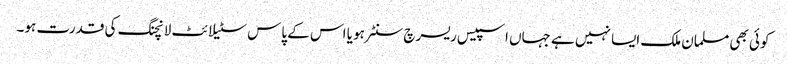
کوئی بھی مسلمان ملک ایسا نہیں ہے جہاں اسپیس ریسرچ سنٹر ہو یا اس کے پاس سٹیلائٹ لانچنگ کی قدرت ہو۔